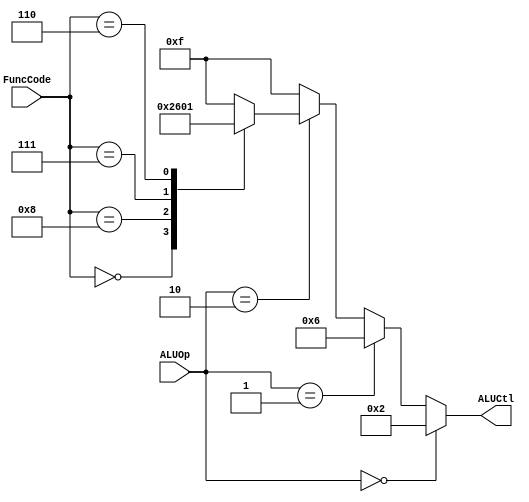

module alu_control( ALUCtl, ALUOp, FuncCode);
   input [1:0] ALUOp;
   input [3:0] FuncCode;
   output reg [3:0]ALUCtl;

   always @ (ALUOp, FuncCode) begin
   if (ALUOp==2'b00) // In ALU OP 11 is not possible so 1x an x1 are used instead of 10 and 01
     ALUCtl <= 2; // add
   else if(ALUOp==2'b01) 
       ALUCtl <= 6; // subtract 
   else if (ALUOp==2'b10)
      begin
      case(FuncCode)              
	   0: ALUCtl <= 2; // add
	   8: ALUCtl <= 6; // subtract
	   7: ALUCtl <= 0; // and
	   6: ALUCtl <= 1; // or
	   default: ALUCtl <=15; //should not happen	  
       endcase
      end
   else ALUCtl <=15;
   end
endmodule